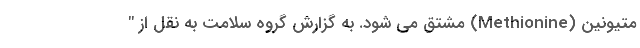
متیونین (Methionine) مشتق می شود. به گزارش گروه سلامت به نقل از "